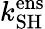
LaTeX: k_{\mathrm{SH}}^{\mathrm{ens}}